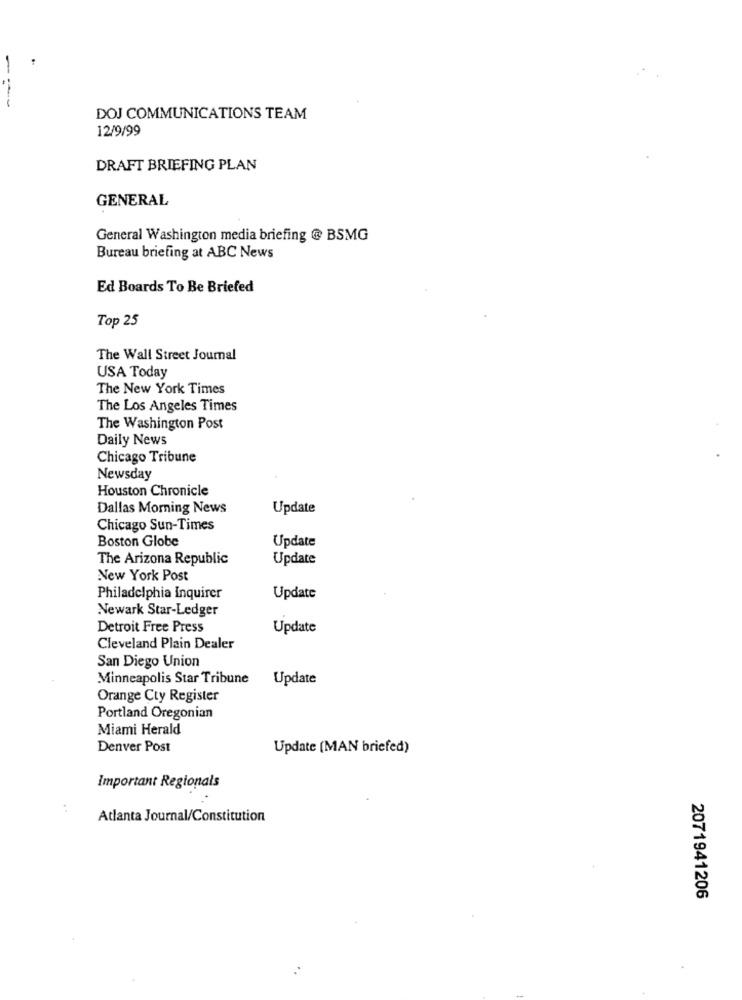
---
DOJ COMMUNICATIONS TEAM
12/9/99
DRAFT BRIEFING PLAN
GENERAL
General Washington media briefing @ BSMG
Bureau briefing at ABC News
Ed Boards To Be Briefed
Top 25
The Wall Street Journal
USA Today
The New York Times
The Los Angeles Times
The Washington Post
Daily News
Chicago Tribune
Newsday
Houston Chronicle
Dallas Morning News
Update
Chicago Sun-Times
Update
Boston Globe
The Arizona Republic
Update
New York Post
Philadelphia Inquirer
Update
Newark Star-Ledger
Detroit Free Press
Update
Cleveland Plain Dealer
San Diego Union
Minneapolis Star Tribune
Update
Orange Cty Register
Portland Oregonian
Miami Herald
Denver Post
Update (MAN briefed)
Important Regionals
Atlanta Journal/Constitution
2071941206